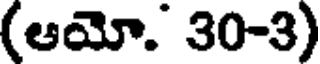
(ఆయో. 30-3)